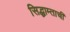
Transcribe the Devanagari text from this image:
सिद्धाम्ताची